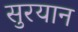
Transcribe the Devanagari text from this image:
सुरयान